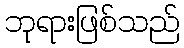
ဘုရားဖြစ်သည်